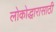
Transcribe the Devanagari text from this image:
लोकोद्धारासाठी